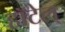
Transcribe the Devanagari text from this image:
हॉटेल्